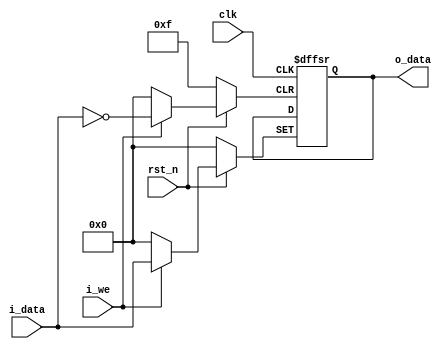
`timescale 1ns / 1ps
//////////////////////////////////////////////////////////////////////////////////
// Company: 
// Engineer: 
// 
// Design Name: 
// Module Name: flg
// Project Name: 
// Target Devices: 
// Tool Versions: 
// Description: 
// 
// Dependencies: 
// 
// Revision:
// Revision 0.01 - File Created
// Additional Comments:
// 
//////////////////////////////////////////////////////////////////////////////////


module flg(
    input clk, rst_n, 
    input i_we,
    input [3:0] i_data,
    output wire [3:0] o_data
    );    
    
    // Registers
    reg [3:0] r_data;
    
    always @(posedge clk or posedge i_we or negedge  rst_n) begin
        if(!rst_n) begin
            r_data <= 4'b0000;
        end else begin      
            if(i_we) begin
                r_data <= i_data;
            end
        end
    end
    
    assign o_data = r_data;
endmodule